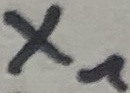
Text: X1